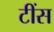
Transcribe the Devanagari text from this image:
टींस